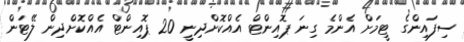
ސިފައިންގެ ޓީމަށް އެންމެ ގިނަ ޕޮއިންޓް އެއްކޮށްދިނީ 20 ޕޮއިންޓް އެއްކޮށްދިން ލޭޓަން